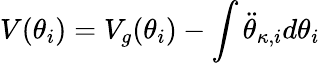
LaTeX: V(\theta_{i})=V_{g}(\theta_{i})-\int\ddot{\theta}_{\kappa,i}d\theta_{i}